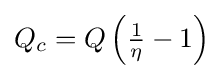
{\textstyle Q_{c}=Q\left({\frac {1}{\eta }}-1\right)}